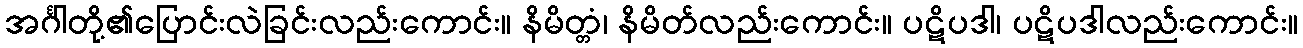
အင်္ဂါတို့၏ပြောင်းလဲခြင်းလည်းကောင်း။ နိမိတ္တံ၊ နိမိတ်လည်းကောင်း။ ပဋိပဒါ၊ ပဋိပဒါလည်းကောင်း။